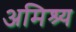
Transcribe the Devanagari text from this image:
अमिश्र्य